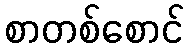
စာတစ်စောင်